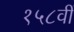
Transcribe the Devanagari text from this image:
१५८वीं